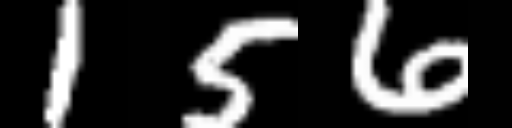
Text: 156